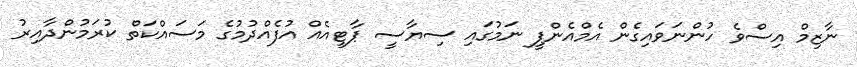
ނާޒިމް އިސްވެ ހުންނަވައިގެން އެމްއެންޕީ ނަމުގައި ސިޔާސީ ޕާޓީއެއް އުފެއްދުމުގެ މަސައްކަތް ކުރަމުންދާއިރު